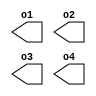
module ifdef_1_top(o1, o2, o3, o4);

`define FAIL input wire not_a_port;

`ifdef COND_1
	`FAIL
`elsif COND_2
	`FAIL
`elsif COND_3
	`FAIL
`elsif COND_4
	`FAIL
`else

	`define COND_4
	output wire o4;

	`ifdef COND_1
		`FAIL
	`elsif COND_2
		`FAIL
	`elsif COND_3
		`FAIL
	`elsif COND_4

		`define COND_3
		output wire o3;

		`ifdef COND_1
			`FAIL
		`elsif COND_2
			`FAIL
		`elsif COND_3

			`define COND_2
			output wire o2;

			`ifdef COND_1
				`FAIL
			`elsif COND_2

				`define COND_1
				output wire o1;

				`ifdef COND_1

					`ifdef COND_1
					`elsif COND_2
						`FAIL
					`elsif COND_3
						`FAIL
					`elsif COND_4
						`FAIL
					`else
						`FAIL
					`endif

				`elsif COND_2
					`FAIL
				`elsif COND_3
					`FAIL
				`elsif COND_4
					`FAIL
				`else
					`FAIL
				`endif

			`elsif COND_3
				`FAIL
			`elsif COND_4
				`FAIL
			`else
				`FAIL
			`endif

		`elsif COND_4
			`FAIL
		`else
			`FAIL
		`endif

	`else
		`FAIL
	`endif

`endif

endmodule